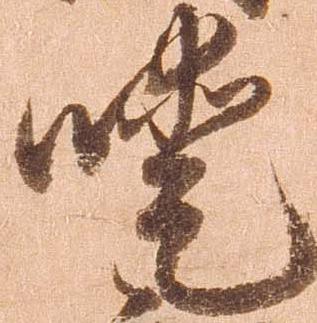
噯